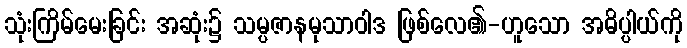
သုံးကြိမ်မေးခြင်း အဆုံး၌ သမ္ပဇာနမုသာဝါဒ ဖြစ်လေ၏-ဟူသော အဓိပ္ပါယ်ကို